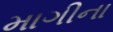
માગીના